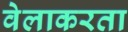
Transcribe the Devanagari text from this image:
वेलाकरता